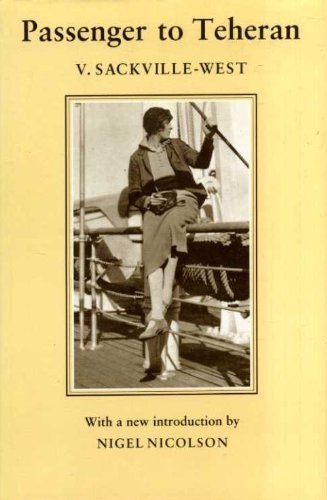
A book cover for Passenger to Tehran; Vita Sackville-West; Travel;